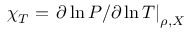
\chi _ { T } = \left. \partial \ln P / \partial \ln T \right| _ { \rho , X }